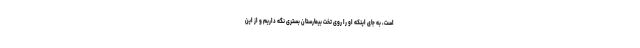
است، به جای اینکه او را روی تخت بیمارستان بستری نگه داریم و از این